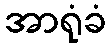
အာရုံခံ